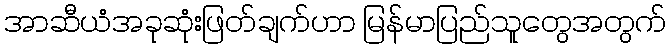
အာဆီယံအခုဆုံးဖြတ်ချက်ဟာ မြန်မာပြည်သူတွေအတွက်